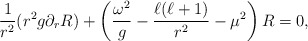
\begin{align*} \frac{1}{r^2}(r^2 g \partial_{r} R) + \left( \frac{\omega^2}{g} - \frac{\ell (\ell + 1)}{r^2} - \mu^2 \right) R = 0,\end{align*}